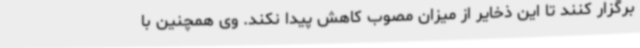
برگزار کنند تا این ذخایر از میزان مصوب کاهش پیدا نکند. وی همچنین با